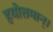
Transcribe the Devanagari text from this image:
हयोत्तमान्।